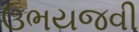
ઉભયજવી